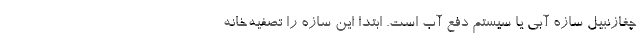
چغازنبیل سازه آبی یا سیستم دفع آب است. ابتدا این سازه را تصفیه‌خانه